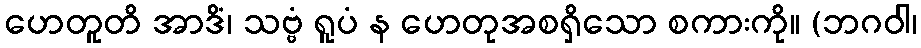
ဟေတူတိ အာဒိံ၊ သဗ္ဗံ ရူပံ န ဟေတုအစရှိသော စကားကို။ (ဘဂဝါ၊